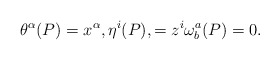
\begin{align*}\theta^\alpha(P) = x^\alpha, \eta^i(P), =z^i \omega^a_b(P)=0.\end{align*}